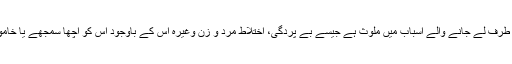
یا زنا کی طرف لے جانے والے اسباب میں ملوث ہے جیسے بے پردگی، اختلاط مرد و زن وغیرہ اس کے باوجود اس کو اچھا سمجھے یا خاموش رہے۔